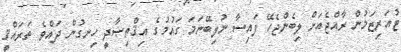
ޓުއަރިޒަމުން ރާއްޖެއަށް ލިބެންޖެހޭ ފައިސާ ނުލިބޭނަމަ ގައުމުގެ އިޤްތިޞާދީ ހިނގުން ދައްވެ ތަރައްޤީ